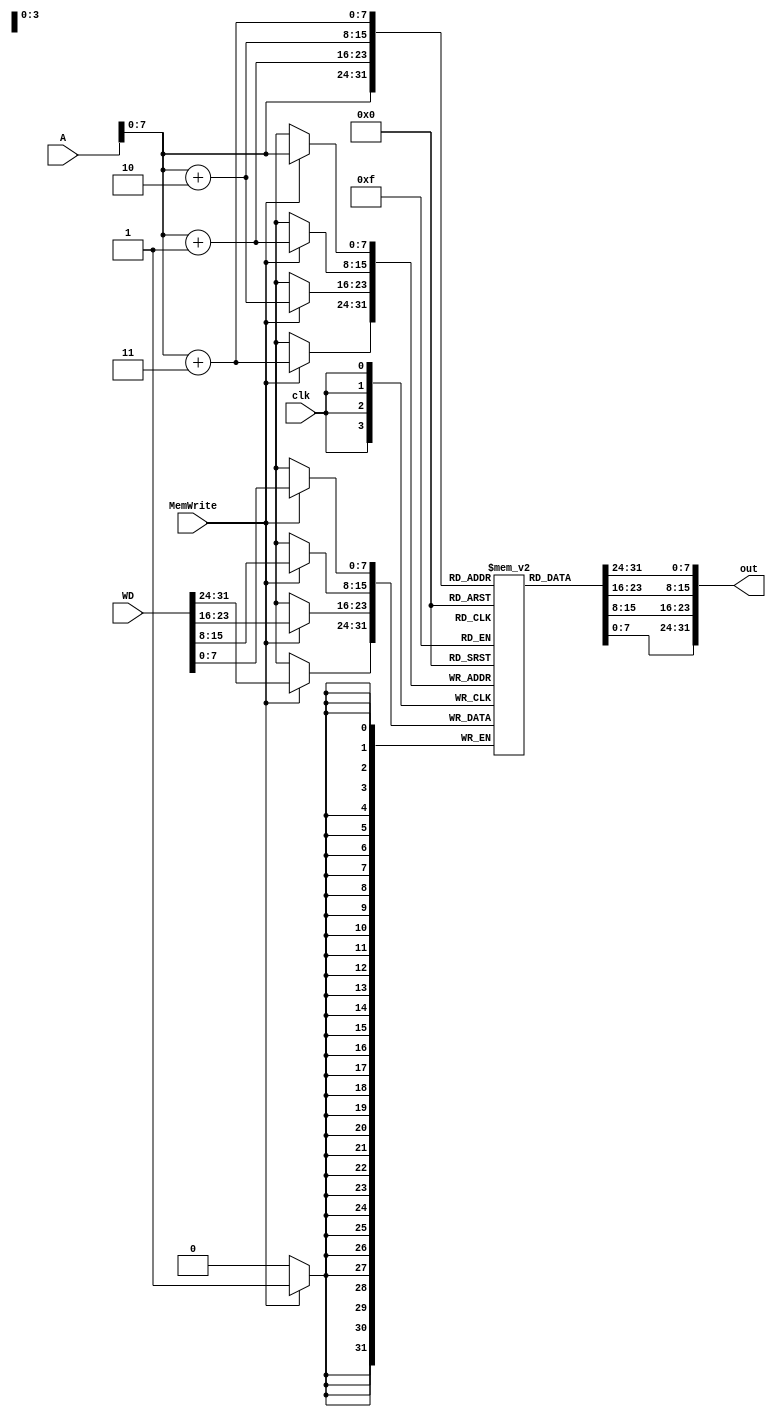
//Cahit Yusuf Ta - 1937465
//cyusuftas@gmail.com

module Data_Memory(clk, A, WD, MemWrite, out);
	
	input clk, MemWrite;
	input [31:0] A;
	input [31:0] WD;
	
	output reg [31:0] out;
	
	reg [7:0] data_mem [0:255];
	
	integer i;
	
	//initially fill memory
	initial begin
		data_mem[0] = 8'b0;
		data_mem[1] = 8'b0;
		data_mem[2] = 8'b0;
		data_mem[3] = 8'b0;
		data_mem[4] = 8'b1;
		data_mem[5] = 8'b0;
		data_mem[6] = 8'b0;
		data_mem[7] = 8'b0;
		data_mem[8] = 8'b01;
		data_mem[9] = 8'b0;
		data_mem[10] = 8'b0;
		data_mem[11] = 8'b0;
		data_mem[12] = 8'b11;
		data_mem[13] = 8'b0;
		data_mem[14] = 8'b0;
		data_mem[15] = 8'b0;
 		for(i=16; i<256; i=i+1) begin
			data_mem[i] = i;
		end
	end
	
	//data is written sequentially
	always @(posedge clk)
	begin
		if(MemWrite) begin
			{data_mem[A+3],data_mem[A+2],data_mem[A+1],data_mem[A]} <= WD;
		end
	end
	
	//data can be read at any time 
	always @(A)
	begin
		out = {data_mem[A+3],data_mem[A+2],data_mem[A+1],data_mem[A]};
	end

endmodule